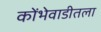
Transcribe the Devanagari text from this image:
कोंभेवाडीतला